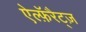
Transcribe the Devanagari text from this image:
ऐल्फ़ॅरैट्ज़